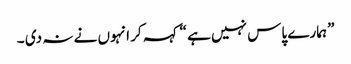
” ہمارے پاس نہیں ہے “کہہ کر انہوں نے نہ دی ۔